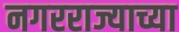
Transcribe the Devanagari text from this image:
नगरराज्याच्या